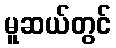
မူဆယ်တွင်